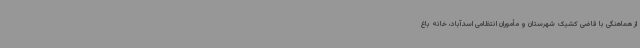
از هماهنگی با قاضی کشیک شهرستان و مأموران انتظامی اسدآباد، خانه باغ